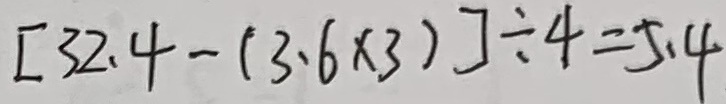
[ 3 2 . 4 - ( 3 . 6 \times 3 ) ] \div 4 = 5 . 4